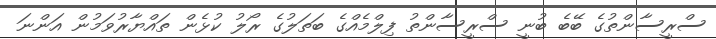
ސްރީސާންތުގެ ބޭބެ ބުނީ ސްރީސާންތު ފިލްމެއްގެ ބަތަލުގެ ރޯލު ކުޅެން ތައްޔާރުވަމުން އަންނަ